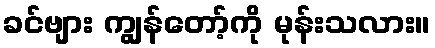
ခင်ဗျား ကျွန်တော့်ကို မုန်းသလား။